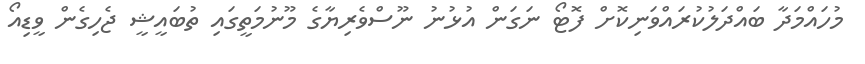
މުހައްމަދާ ބައްދަލުކުރައްވަނިކޮށް ފޮޓޯ ނަގަން އުޅުުނު ނޫސްވެރިޔާގެ މޫނުމަތީގައި ތުބައީޝީ ޖެހިގެން ވީޑިއޯ